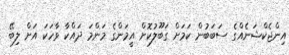
އިންޖެކްޝަނެއްގެ ސަބަބުން ކަމަށް ގަބޫލުކޮށް އީމަންގެ މަންމަ ދައްކާ ވާހަކަ އަށް ލިބޭ